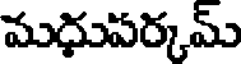
మధుపర్కమ్